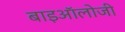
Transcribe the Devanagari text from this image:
बाइऑलोजी